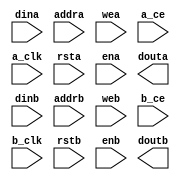
module channelizer_256_xldpram  (dina, addra, wea, a_ce, a_clk, rsta, ena, douta, dinb, addrb, web, b_ce, b_clk, rstb, enb, doutb);
 parameter core_name0= "";
 parameter c_width_a= 13;
 parameter c_address_width_a= 4;
 parameter c_width_b= 13;
 parameter c_address_width_b= 4;
 parameter latency= 1;
 input [c_width_a-1:0] dina;
 input [c_address_width_a-1:0] addra;
 input wea, a_ce, a_clk, rsta, ena;
 input [c_width_b-1:0] dinb;
 input [c_address_width_b-1:0] addrb;
 input web, b_ce, b_clk, rstb, enb;
 output [c_width_a-1:0] douta;
 output [c_width_b-1:0] doutb;
 wire [c_address_width_a-1:0] core_addra;
 wire [c_address_width_b-1:0] core_addrb;
 wire [c_width_a-1:0] core_dina,core_douta,dly_douta;
 wire [c_width_b-1:0] core_dinb,core_doutb,dly_doutb;
 wire  core_wea,core_web;
 wire  core_a_ce,core_b_ce;
 wire  sinita,sinitb;
 assign core_addra = addra;
 assign core_dina = dina;
 assign douta = dly_douta;
 assign core_wea = wea;
 assign core_a_ce = a_ce & ena;
 assign sinita = rsta & a_ce;
 assign core_addrb = addrb;
 assign core_dinb = dinb;
 assign doutb = dly_doutb;
 assign core_web = web;
 assign core_b_ce = b_ce & enb;
 assign sinitb = rstb  & b_ce;
 generate
if (core_name0 == "channelizer_256_blk_mem_gen_v8_2_0") 
     begin:comp0
channelizer_256_blk_mem_gen_v8_2_0 core_instance0 ( 
      .addra(core_addra),
      .clka(a_clk),
      .addrb(core_addrb),
      .clkb(b_clk),
      .dina(core_dina),
      .wea(core_wea),
      .dinb(core_dinb),
      .web(core_web),
      .ena(core_a_ce),
      .enb(core_b_ce),
      .rsta(sinita),
      .rstb(sinitb),
      .douta(core_douta),
      .doutb(core_doutb) 
       ); 
     end 
 if (latency > 2)
   begin:latency_test_instA
    synth_reg # (c_width_a, latency-2) 
    regA(
      .i(core_douta),
      .ce(core_a_ce),
      .clr(1'b0),
      .clk(a_clk),
      .o(dly_douta));
   end
 if (latency > 2)
   begin:latency_test_instB
    synth_reg # (c_width_b, latency-2) 
    regB(
      .i(core_doutb),
      .ce(core_b_ce),
      .clr(1'b0),
      .clk(b_clk),
      .o(dly_doutb));
   end
 if (latency <= 2)
    begin:latency1
      assign dly_douta = core_douta;
      assign dly_doutb = core_doutb;
    end
 endgenerate
 endmodule